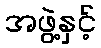
အဖွဲ့နှင့်